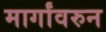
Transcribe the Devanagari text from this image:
मार्गांवरुन